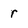
Character: r